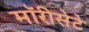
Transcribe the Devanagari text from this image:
मॉरीसेटे